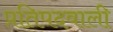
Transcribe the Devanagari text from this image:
प्रतिपदवाली